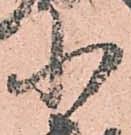
小